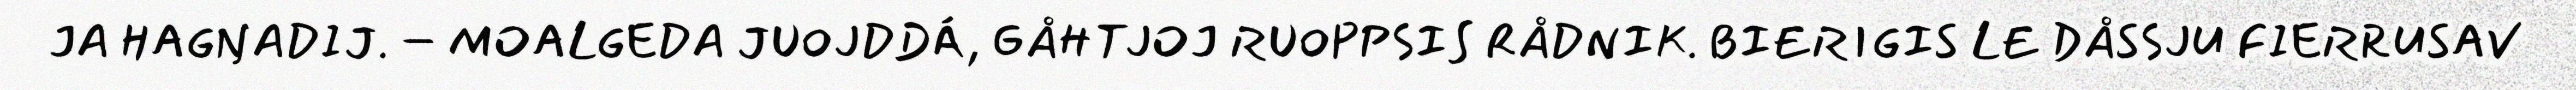
JA HAGŊADIJ. – MOALGEDA JUOJDDÁ, GÅHTJOJ RUOPPSIS RÅDNIK. BIERIGIS LE DÅSSJU FIERRUSAV